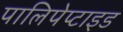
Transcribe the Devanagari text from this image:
पालिपेप्टाइड